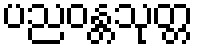
ပညဝန္တသုတ္တ